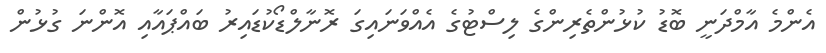
އެންމެ އާމްދަނީ ބޮޑު ކުޅުންތެރިންގެ ލިސްޓުގެ އެއްވަނައިގަ ރޮނާލްޑޯކުޑައިރު ބައްޕައާއި އޮންނަ ގުޅުން